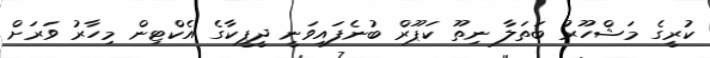
ކުރީގެ މަޝްހޫރު ބަތަލާ ނިތޫ ކަޕޫރް ބުނެފައިވަނީ ދީޕީކާގެ އެކްޓިން މިހާރު ވަރަށް